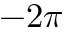
- 2 \pi